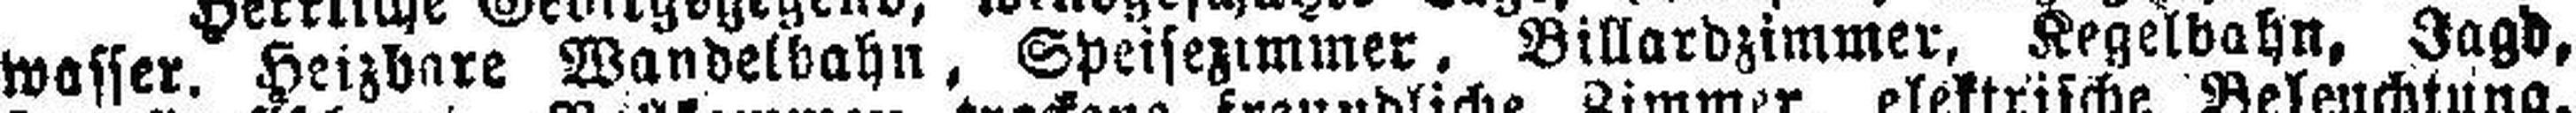
wasser. Heizbare Wandelbahn, Speisezimmer, Billardzimmer, Kegelbahn, Jagd,